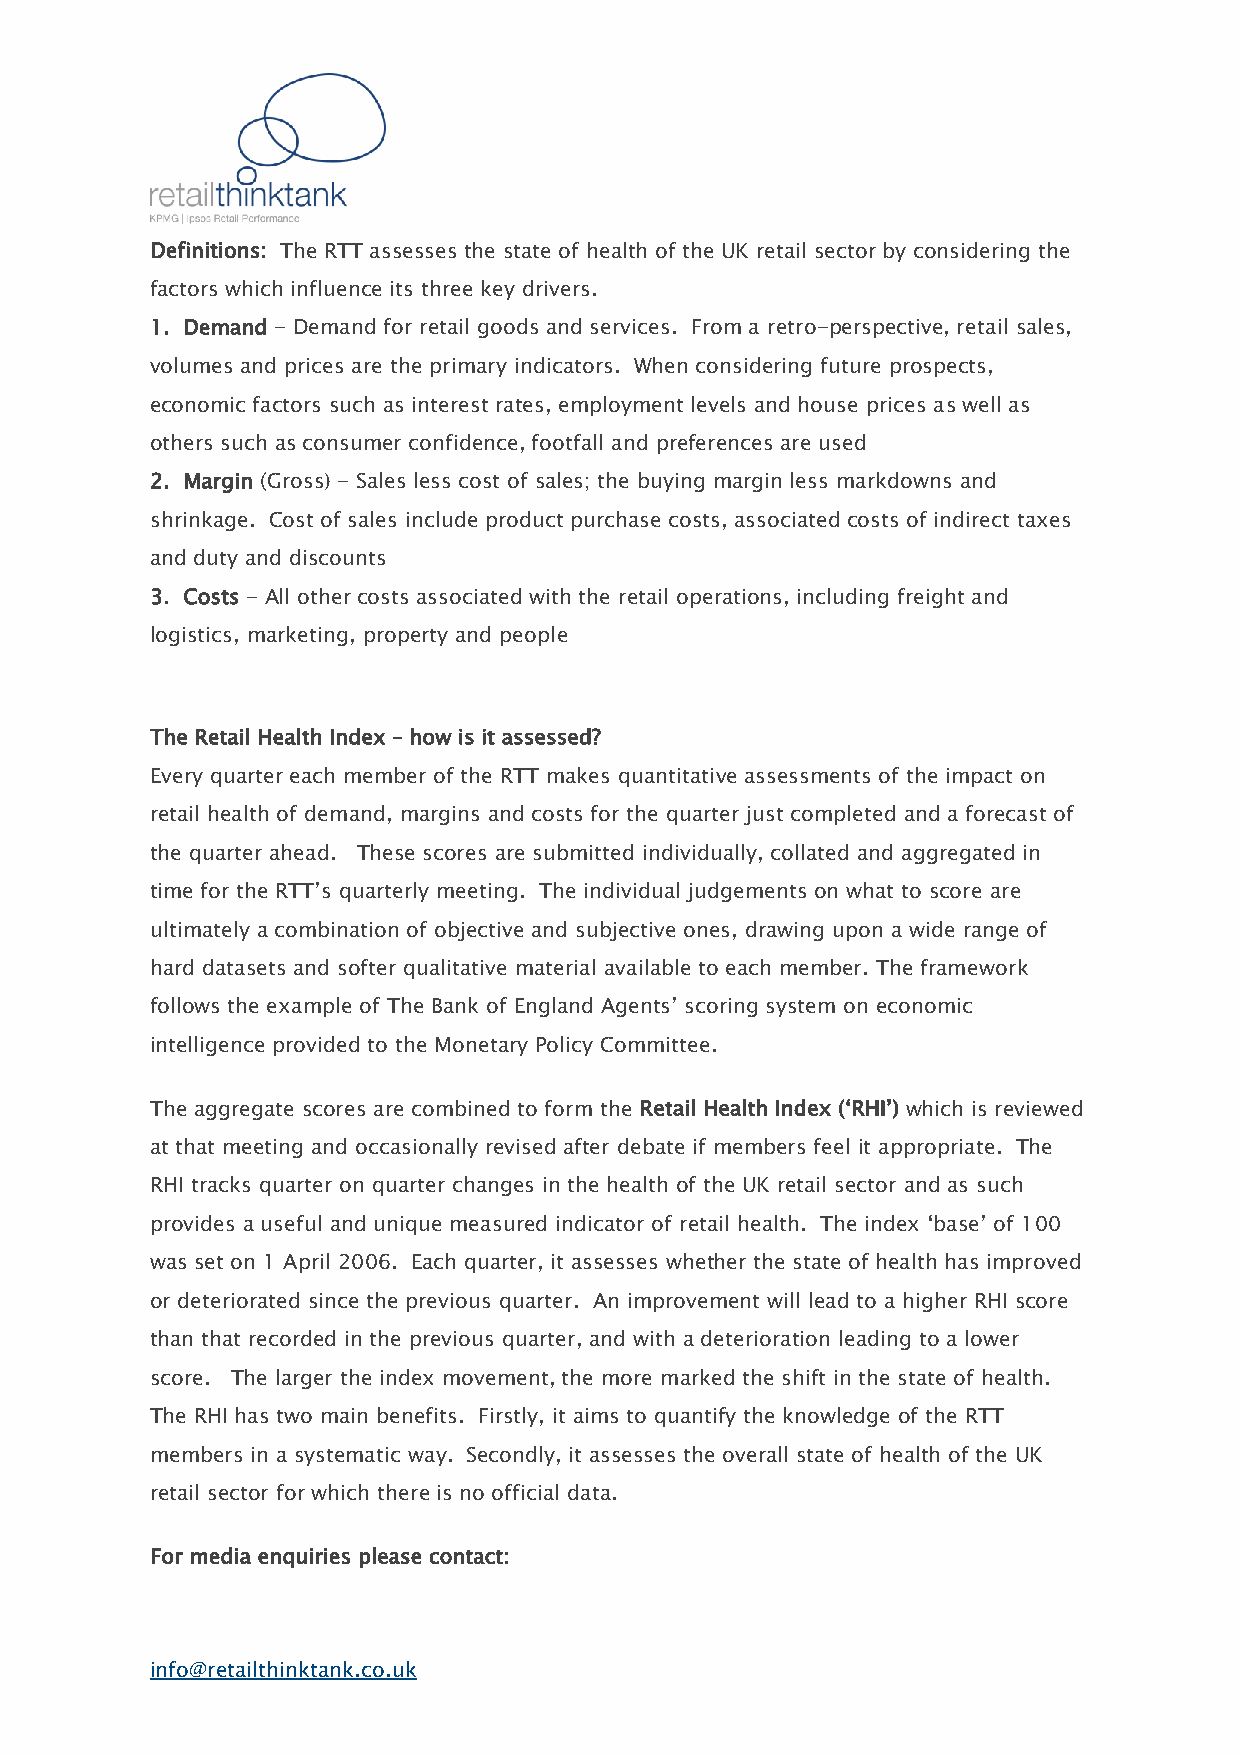
Definitions: The RTT assesses the state of health of the UK retail sector by considering the
 factors which influence its three key drivers.
 1. Demand - Demand for retail goods and services. From a retro-perspective, retail sales,
 volumes and prices are the primary indicators. When considering future prospects,
 economic factors such as interest rates, employment levels and house prices as well as
 others such as consumer confidence, footfall and preferences are used
 2. Margin (Gross) - Sales less cost of sales; the buying margin less markdowns and
 shrinkage. Cost of sales include product purchase costs, associated costs of indirect taxes
 and duty and discounts
 3. Costs - All other costs associated with the retail operations, including freight and
 logistics, marketing, property and people
 The Retail Health Index – how is it assessed?
 Every quarter each member of the RTT makes quantitative assessments of the impact on
 retail health of demand, margins and costs for the quarter just completed and a forecast of
 the quarter ahead. These scores are submitted individually, collated and aggregated in
 time for the RTT’s quarterly meeting. The individual judgements on what to score are
 ultimately a combination of objective and subjective ones, drawing upon a wide range of
 hard datasets and softer qualitative material available to each member. The framework
 follows the example of The Bank of England Agents’ scoring system on economic
 intelligence provided to the Monetary Policy Committee.
 The aggregate scores are combined to form the Retail Health Index (‘RHI’) which is reviewed
 at that meeting and occasionally revised after debate if members feel it appropriate. The
 RHI tracks quarter on quarter changes in the health of the UK retail sector and as such
 provides a useful and unique measured indicator of retail health. The index ‘base’ of 100
 was set on 1 April 2006. Each quarter, it assesses whether the state of health has improved
 or deteriorated since the previous quarter. An improvement will lead to a higher RHI score
 than that recorded in the previous quarter, and with a deterioration leading to a lower
 score. The larger the index movement, the more marked the shift in the state of health.
 The RHI has two main benefits. Firstly, it aims to quantify the knowledge of the RTT
 members in a systematic way. Secondly, it assesses the overall state of health of the UK
 retail sector for which there is no official data.
 For media enquiries please contact:
 info@retailthinktank.co.uk